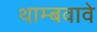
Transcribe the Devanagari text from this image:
थाम्बवावे